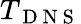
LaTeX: T_{\mathrm{~D~N~S~}}